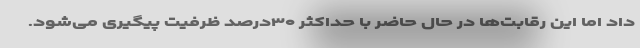
داد اما این رقابت‌ها در حال حاضر با حداکثر ۳۰درصد ظرفیت پیگیری می‌شود.